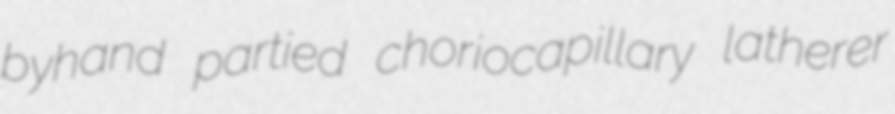
byhand partied choriocapillary latherer